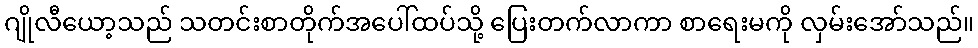
ဂျိုလီယော့သည် သတင်းစာတိုက်အပေါ်ထပ်သို့ ပြေးတက်လာကာ စာရေးမကို လှမ်းအော်သည်။